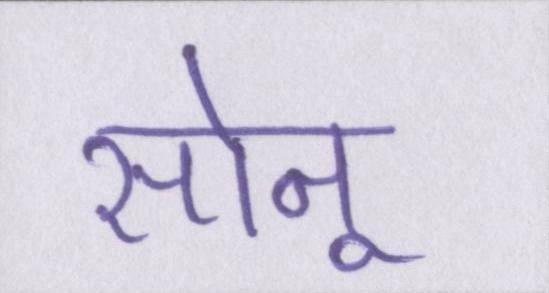
सोनू